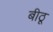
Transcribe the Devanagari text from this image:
बीठू